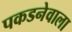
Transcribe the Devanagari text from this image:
पकडनेवाला